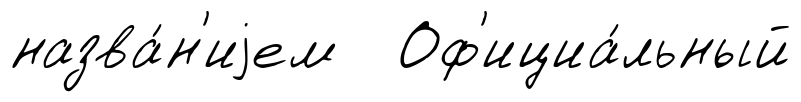
назва́н'иjем Оф'ициа́льный